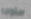
ستواجه